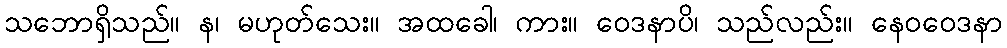
သဘောရှိသည်။ န၊ မဟုတ်သေး။ အထခေါ၊ ကား။ ဝေဒနာပိ၊ သည်လည်း။ နေဝဝေဒနာ